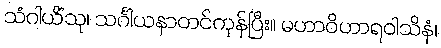
သံဂါယိံသု၊ သင်္ဂါယနာတင်ကုန်ပြီး။ မဟာဝိဟာရဝါသိနံ၊